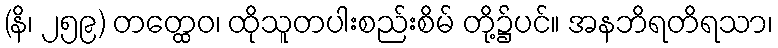
(နိ၊ ၂၅၉) တတ္ထေဝ၊ ထိုသူတပါးစည်းစိမ် တို့၌ပင်။ အနဘိရတိရသာ၊